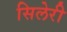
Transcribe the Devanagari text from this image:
सिलेरी